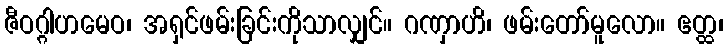
ဇီဝဂ္ဂါဟမေဝ၊ အရှင်ဖမ်းခြင်းကိုသာလျှင်။ ဂဏှာဟိ၊ ဖမ်းတော်မူလော။ ဧတ္ထ၊